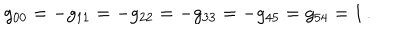
g _ { 0 0 } = - g _ { 1 1 } = - g _ { 2 2 } = - g _ { 3 3 } = - g _ { 4 5 } = g _ { 5 4 } = 1 \, .